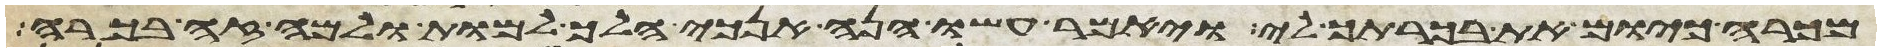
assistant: מכרה כיום את בכרתך לי ויאמר עשו הנה אנכי הלך למות ולמה זה לי בכורה